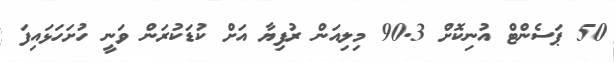
50 ޕަސެންޓް އުނިކޮށް 90.3 މިލިއަން ރުފިޔާ އަށް ކުޑަކުރަން ވަނީ ހުށަހަޅައިފަ